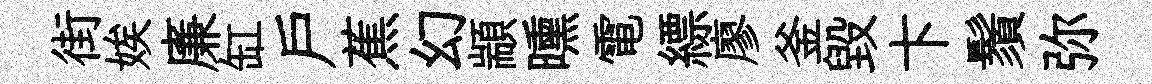
街娭廉缸戶蕉幻顓曛電縹廖釜毀卞鬚弥